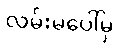
လမ်းမပေါ်မှ